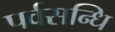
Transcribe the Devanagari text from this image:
पर्वसन्धि